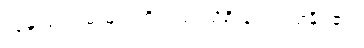
လူမှုထုံးတမ်းများကိုလည်းသိရှိ နားလည်နိုင်၏။